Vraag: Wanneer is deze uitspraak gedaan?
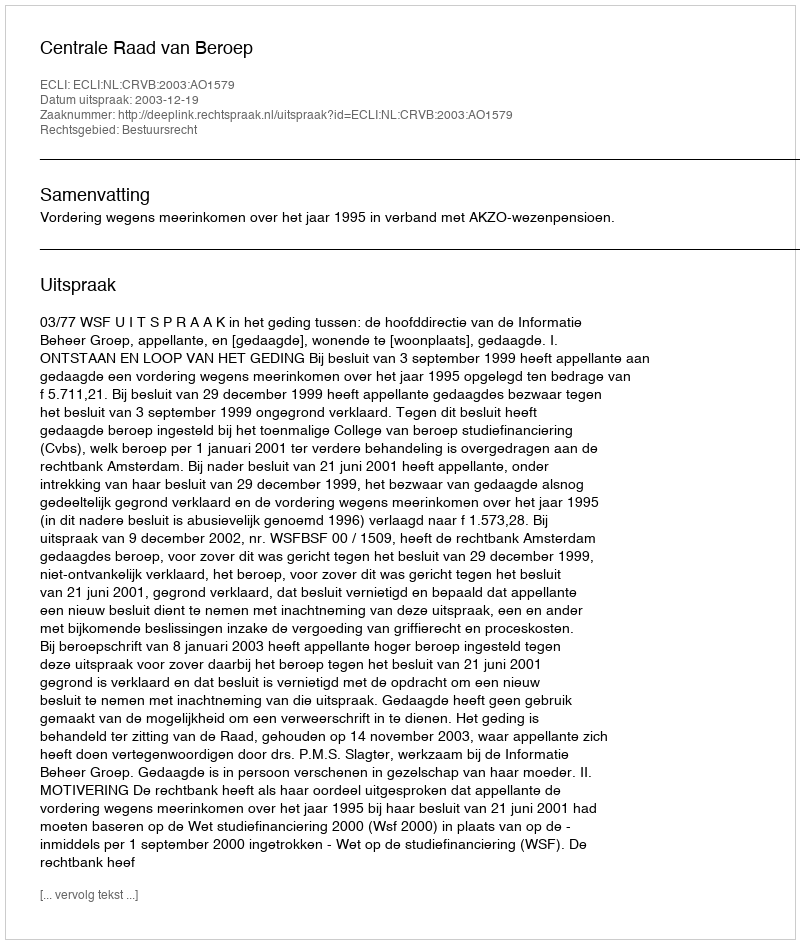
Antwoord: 2003-12-19